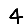
Digit: 4